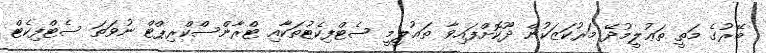
ބޭރުގެ މަތީ ތަޢުލީމުދޭ މަރުކަޒަކުން ދޫކޮށްފައިވާ ތަޢުލީމީ ސެޓްފިކެޓުތަކާއި ޓްރާންސްކްރިޕްޓް ނުވަތަ ސެޓްފިކެޓް